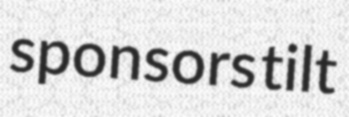
sponsors tilt